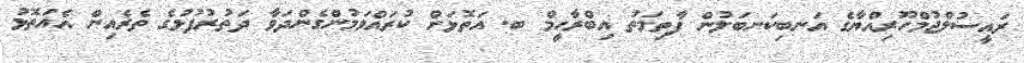
ރައީސުލްޖުމްހޫރިއްޔާގެ އަނބިކަނބަލުން ފާތިމަތު އިބްރާހީމް ބ. އަތޮޅަށް ކުރައްވަމުންގެންދަވާ ދަތުރުފުޅުގެ ތެރެއިން އެއަތޮޅު